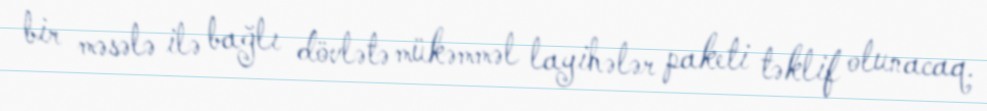
bir məsələ ilə bağlı dövlətə mükəmməl layihələr paketi təklif olunacaq.